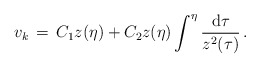
\begin{align*}v_k \, = \, C_1z(\eta )+C_2z(\eta )\int ^{\eta }\frac{{\rm d}\tau }{z^2(\tau )}\, .\end{align*}